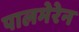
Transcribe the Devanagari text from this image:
पालमेरेन